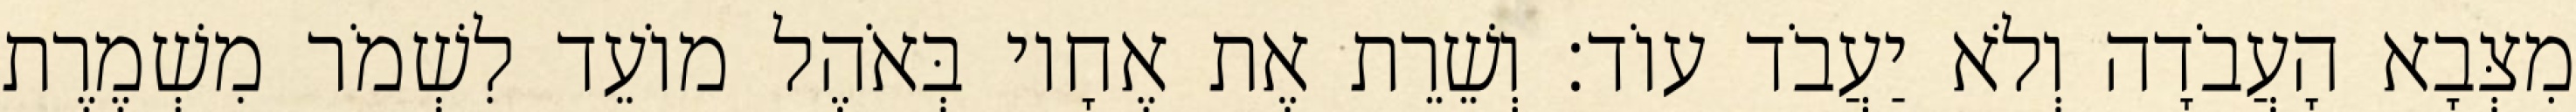
מִצְּבָא הָעֲבֹדָה וְלֹא יַעֲבֹד עוֹד׃ וְשֵׁרֵת אֶת אֶחָיו בְּאֹהֶל מוֹעֵד לִשְׁמֹר מִשְׁמֶרֶת